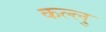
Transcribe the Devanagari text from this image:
कल्लु